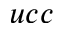
u c c